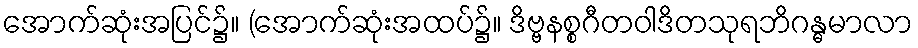
အောက်ဆုံးအပြင်၌။ (အောက်ဆုံးအထပ်၌။ ဒိဗ္ဗနစ္စဂီတဝါဒိတသုရဘိဂန္ဓမာလာ